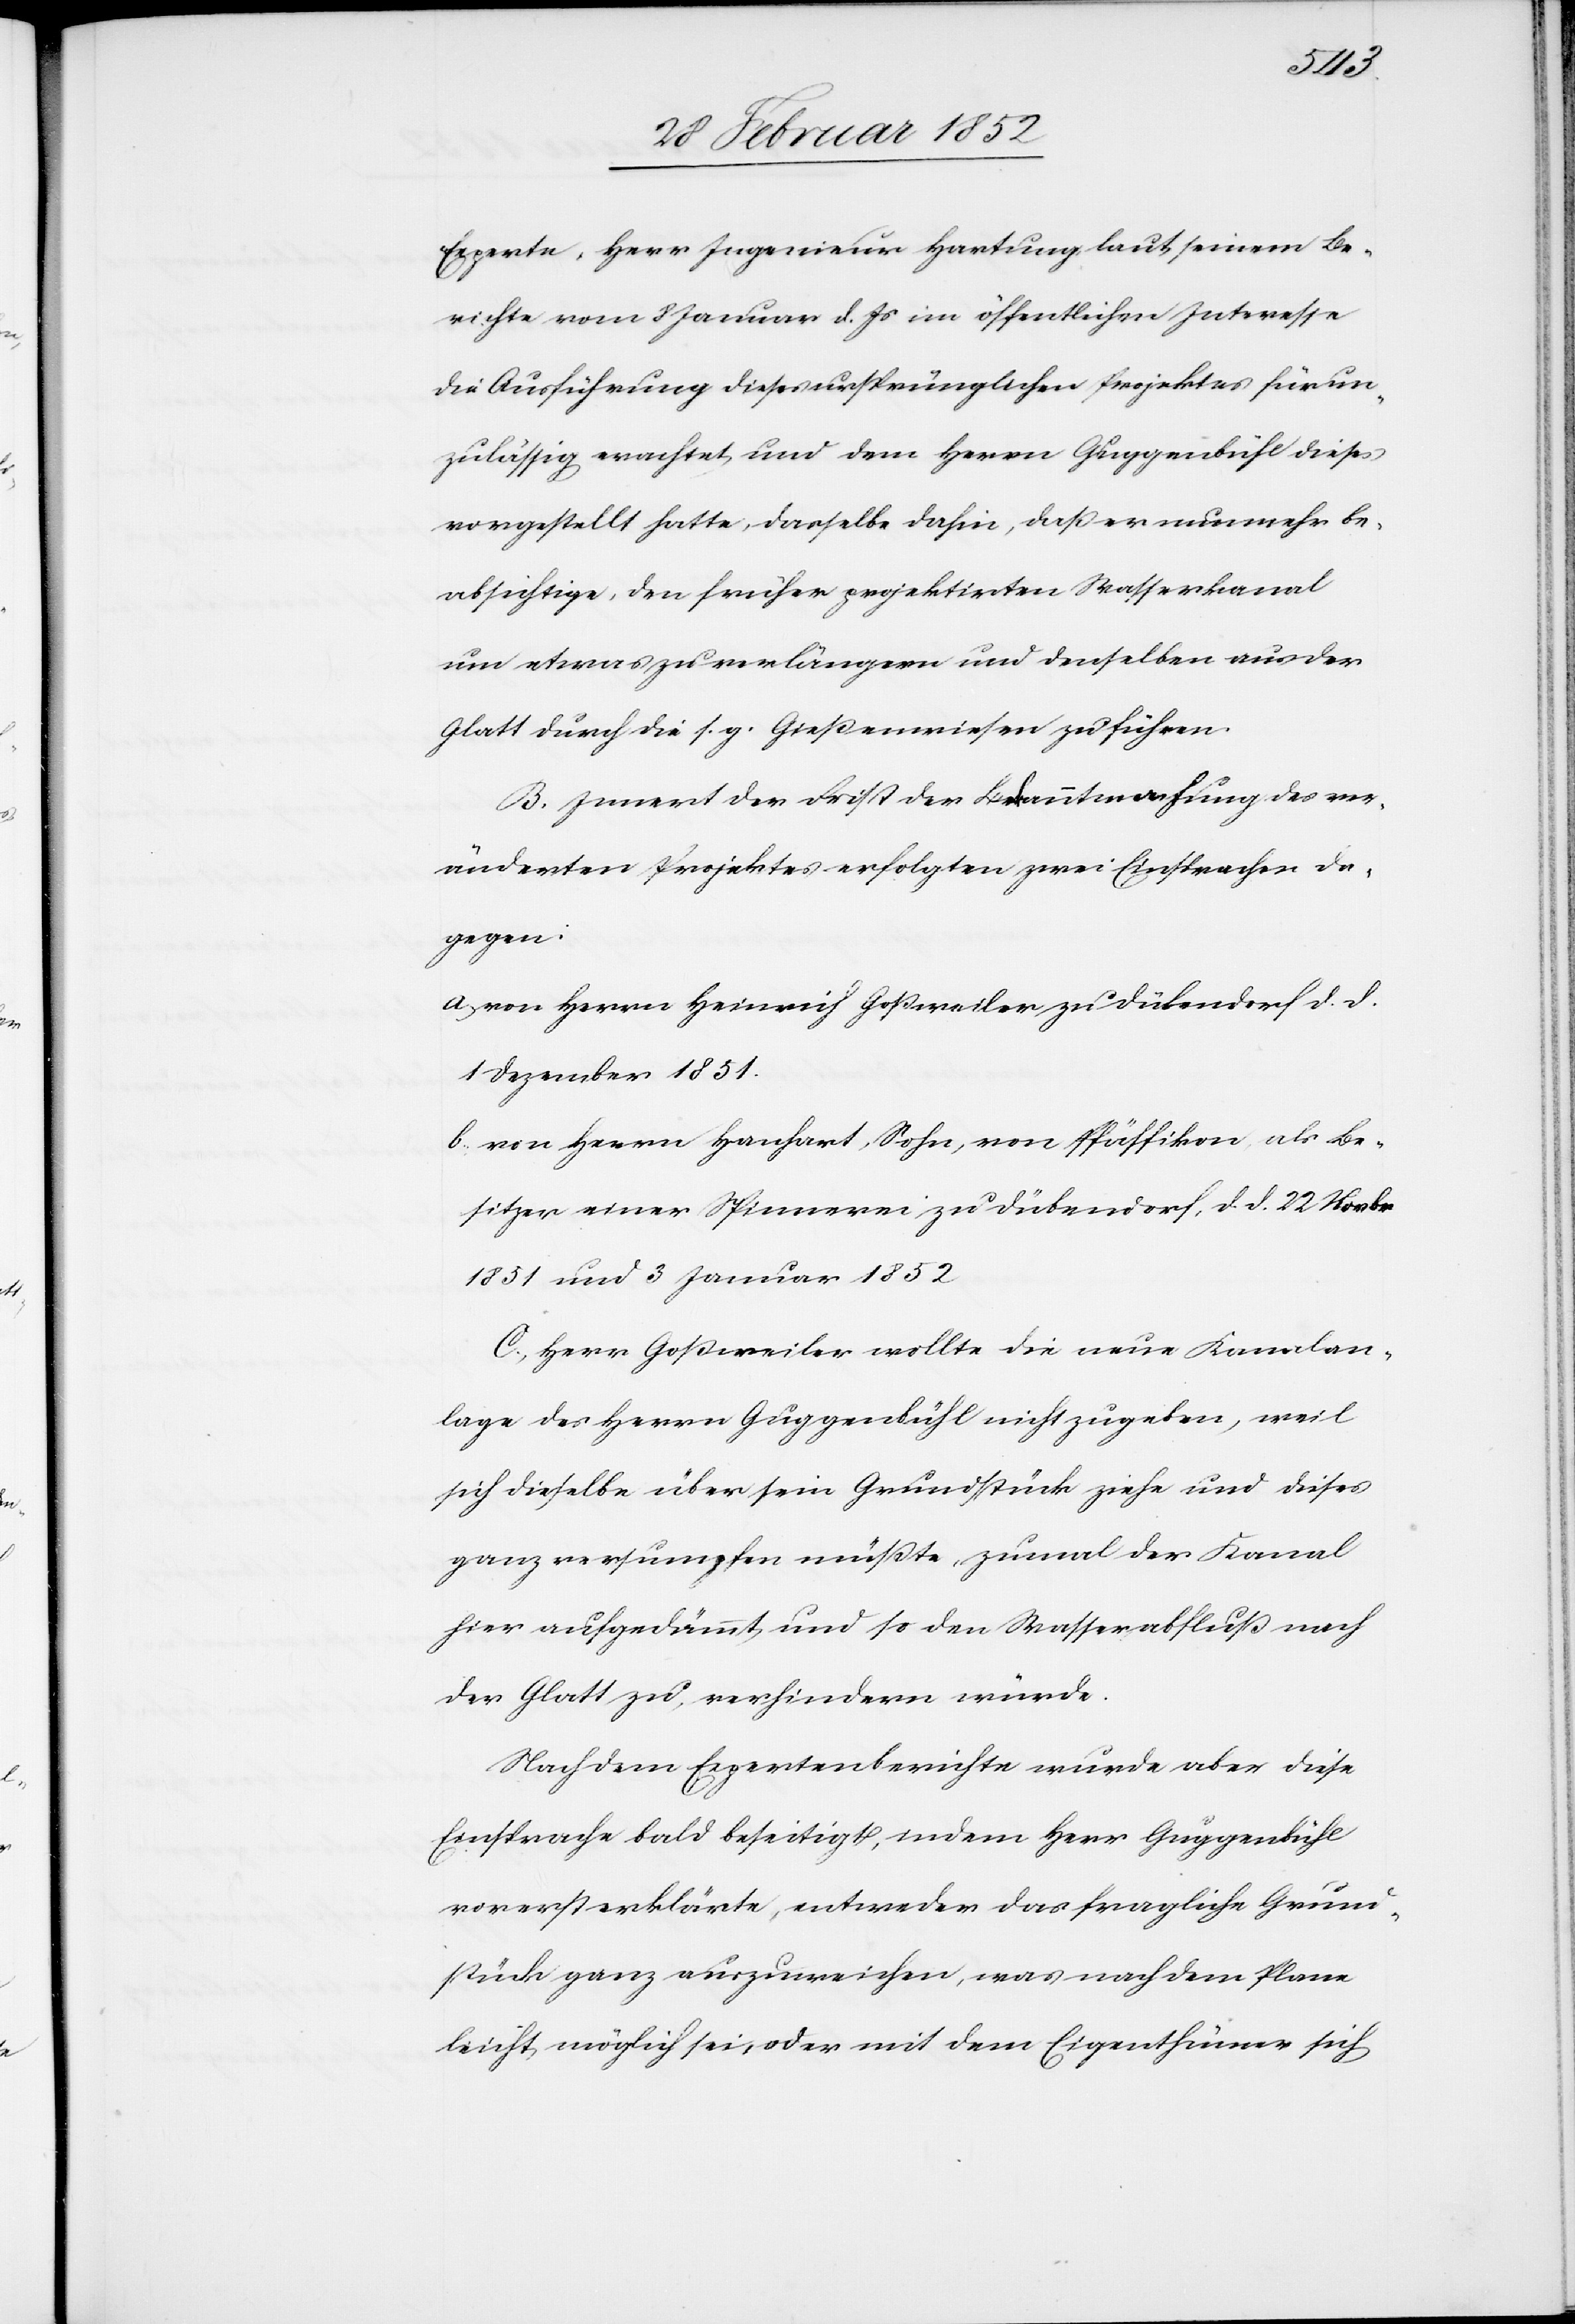
Experte, Herr Ingenieur Hartung laut seinem Be¬
richte vom 8 Januar d. Js im öffentlichen Interesse
die Ausführung dieses ursprünglichen Projektes für un¬
zulässig erachtet und dem Herrn Guggenbühl dieses
vorgestellt hatte, dasselbe dahin, daß er nunmehr be¬
absichtige, den früher projektirten Wasserkanal
um etwas zu verlängern und denselben aus der
Glatt durch die s. g. Gießenwiesen zu führen.
B. Innert der Frist der Bekanntmachung des ver¬
änderten Projektes erfolgten zwei Einsprachen da¬
gegen:
a) von Herrn Heinrich Goßweiler zu Dübendorf d. d.
1 Dezember 1851.
b) von Herrn Hanhart, Sohn, von Pfäffikon, als Be¬
sitzer einer Spinnerei zu Dübendorf, d. d. 22 Novbr
1851 und 3 Januar 1852.
C.) Herr Goßweiler wollte die neue Kanalan¬
lage des Herrn Guggenbühl nicht zugeben, weil
sich dieselbe über sein Grundstück ziehe und dieses
ganz versumpfen müßte, zumal der Kanal
hier aufgedämmt und so den Wasserabfluß nach
der Glatt zu verhindern würde.
Nach dem Expertenberichte wurde aber diese
Einsprache bald beseitigt, indem Herr Guggenbühl
vorerst erklärte, entweder das fragliche Grund¬
stück ganz auszuweichen, was nach dem Plane
leicht möglich sei, oder mit dem Eigenthümer sich